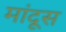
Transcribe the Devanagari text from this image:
मांदूस